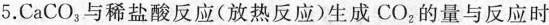
5.CaCO_{3}与稀盐酸反应(放热反应)生成CO_{2}的量与反应时